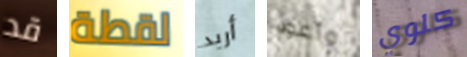
قد لقطة أريد وأعود كلوي